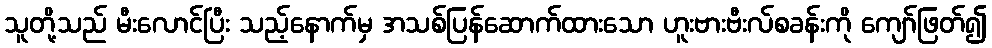
သူတို့သည် မီးလောင်ပြီး သည့်နောက်မှ အသစ်ပြန်ဆောက်ထားသော ဟူးဗားဗီးလ်စခန်းကို ကျော်ဖြတ်၍